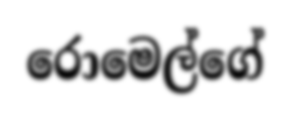
රොමෙල්ගේ